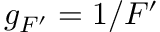
g _ { F ^ { \prime } } = 1 / F ^ { \prime }